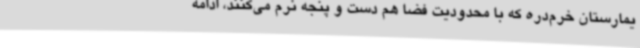
یمارستان خرم‌دره که با محدودیت فضا هم دست و پنجه نرم می‌کنند، ادامه